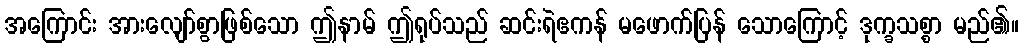
အကြောင်း အားလျော်စွာဖြစ်သော ဤနာမ် ဤရုပ်သည် ဆင်းရဲဧကန် မဖောက်ပြန် သောကြောင့် ဒုက္ခသစ္စာ မည်၏။